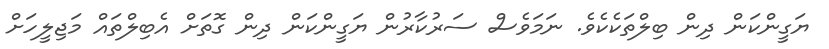
ޔަގީންކަން ދިން ބިލްތަކެކެވެ. ނަމަވެސް ސަރުކާރުން ޔަގީންކަން ދިން ގޮތަށް އެބިލްތައް މަޖިލީހަށް